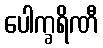
ပေါက္ခရိဏီ